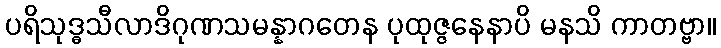
ပရိသုဒ္ဓသီလာဒိဂုဏသမန္နာဂတေန ပုထုဇ္ဇနေနာပိ မနသိ ကာတဗ္ဗာ။